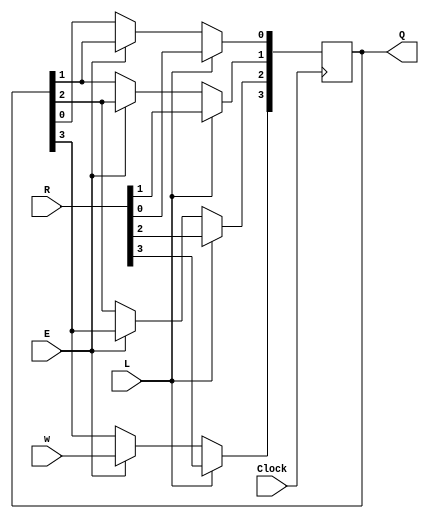
module shiftlne (R, L, E, w, Clock, Q);
	parameter n = 4;
	input [n-1:0] R;
	input L, E, w, Clock;
	output reg [n-1:0] Q;
	integer k;

	always @(posedge Clock)
	begin
		if (L)
			Q <= R;
		else if (E)
			begin
				Q[n-1] <= w;
				for (k = n-2; k >= 0; k = k-1)
					Q[k] <= Q[k+1];
			end
	end

endmodule